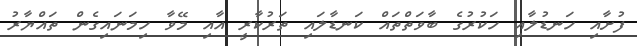
ފުށާއި ހަނޑުލާއި ހަކުރުގެ ބާވަތްތައް ކަނޑާލައި ތަރުކާރީ އާއި މޭވާ ހިމަނައިގެން ތައްޔާރު